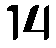
14